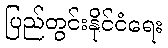
ပြည်တွင်းနိုင်ငံရေး